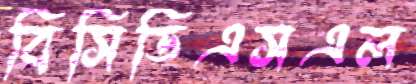
বিসিডিএসএল